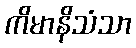
ကိမာနိသံသာ